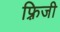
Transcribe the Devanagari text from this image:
फ़्रिजी